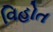
વિહોત